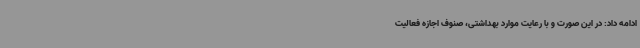
ادامه داد: در این صورت و با رعایت موارد بهداشتی، صنوف اجازه فعالیت